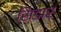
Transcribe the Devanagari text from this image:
सिडार